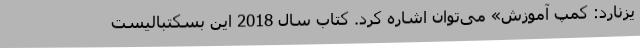
یزنارد: کمپ آموزش» می‌توان اشاره کرد. کتاب سال 2018 این بسکتبالیست